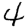
Digit: 4